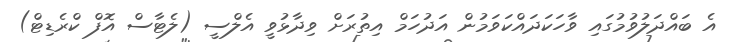
އެ ބައްދަލުވުމުގައި ވާހަކަދައްކަވަމުން އަދުހަމް އިތުރަށް ވިދާޅުވީ އެލްސީ (ލެޓާސް އޮފް ކްރެޑިޓް)